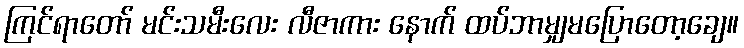
ကြင်ရာတော် မင်းသမီးလေး လီဇာကား နောက် ထပ်ဘာမျှမပြောတော့ချေ။